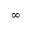
\infty